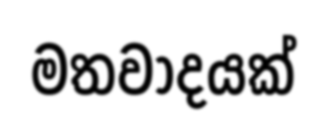
මතවාදයක්